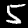
Digit: 5